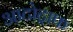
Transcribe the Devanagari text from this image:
आटोट्राफ